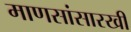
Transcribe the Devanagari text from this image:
माणसांसारखी